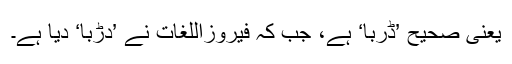
یعنی صحیح ’ڈربا‘ ہے، جب کہ فیروزاللغات نے ’دڑبا‘ دیا ہے۔